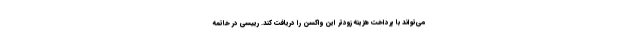
می‌تواند با پرداخت هزینه زودتر این واکسن را دریافت کند. رییسی در خاتمه